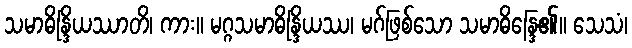
သမာဓိန္ဒြိယဿာတိ၊ ကား။ မဂ္ဂသမာဓိန္ဒြိယဿ၊ မဂ်ဖြစ်သော သမာဓိန္ဒြေ၏။ သေသံ၊